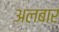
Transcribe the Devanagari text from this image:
अलबार